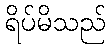
ရိပ်မိသည်